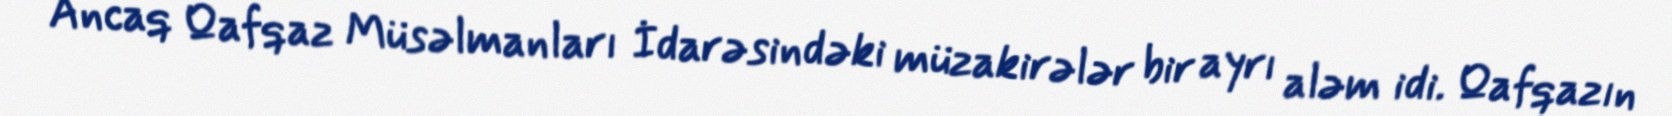
Ancaq Qafqaz Müsəlmanları İdarəsindəki müzakirələr bir ayrı aləm idi. Qafqazın